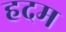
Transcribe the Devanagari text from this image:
हदम